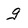
Character: g